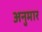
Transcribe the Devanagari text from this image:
अनुमार